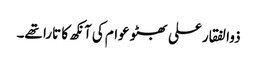
ذوالفقار علی بھٹو عوام کی آنکھ کا تارا تھے۔